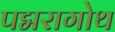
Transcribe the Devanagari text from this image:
पद्मरागोथ